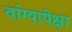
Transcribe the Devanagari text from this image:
वांग्यापेक्षा